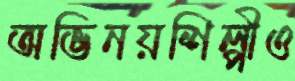
অভিনয়শিল্পীও